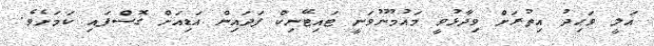
އަލީ ވަޙިދު އިތުރަށް ވިދާޅުވީ މައުމޫނުވަނީ ޓައިޓޭނިކް ފަދައިން އަޑިއަށް ގޮސްފައި ކަމަށެވެ.